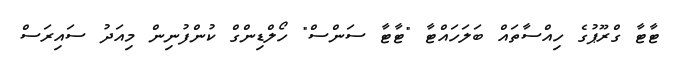
ޓާޓާ ގްރޫޕުގެ ހިއްސާތައް ބަލަހައްޓާ "ޓާޓާ ސަންސް" ހޯލްޑިންގް ކުންފުނިން މިއަދު ސައިރަސް